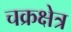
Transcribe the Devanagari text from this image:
चक्रक्षेत्र